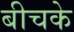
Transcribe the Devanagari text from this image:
बीचके